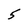
Character: 5